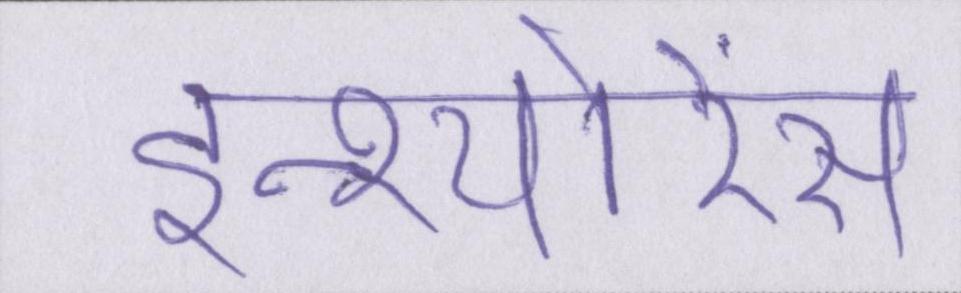
इन्श्योरेंस